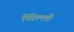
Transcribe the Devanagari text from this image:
पिरेल्ली